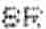
SR